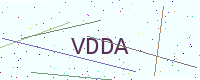
Text: VDDA